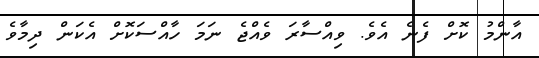
އާންމު ކޮށް ފެނެ އެވެ. ވިއްސާރަ ވެއްޖެ ނަމަ ހާއްސަކޮށް އެކަން ދިމާވެ